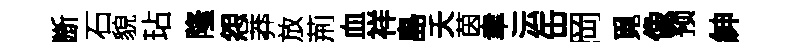
㫁石貌玷隆怨莽放荊血祥島夭茵聿沄缶岡覓像预紳